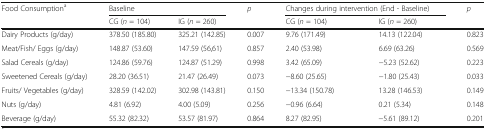
| <ROWSPAN=2> Food Consumptiona | <COLSPAN=2> Baseline | <ROWSPAN=2> p | <COLSPAN=2> Changes during intervention (End - Baseline) | <ROWSPAN=2> p |
 | CG (n = 104) | IG (n = 260) | CG (n = 104) | IG (n = 260) |
 | --- | --- | --- | --- | --- | --- | --- |
 | Dairy Products (g/day) | 378.50 (185.80) | 325.21 (142.85) | 0.007 | 9.76 (171.49) | 14.13 (122.04) | 0.823 |
 | Meat/Fish/ Eggs (g/day) | 148.87 (53.60) | 147.59 (56,61) | 0.857 | 2.40 (53.98) | 6.69 (63.26) | 0.569 |
 | Salad Cereals (g/day) | 124.86 (59.76) | 124.87 (51.29) | 0.998 | 3.42 (65.09) | −5.23 (52.62) | 0.223 |
 | Sweetened Cereals (g/day) | 28.20 (36.51) | 21.47 (26.49) | 0.073 | −8.60 (25.65) | −1.80 (25.43) | 0.033 |
 | Fruits/ Vegetables (g/day) | 328.59 (142.02) | 302.98 (143.81) | 0.150 | −13.34 (150.78) | 13.28 (146.53) | 0.149 |
 | Nuts (g/day) | 4.81 (6.92) | 4.00 (5.09) | 0.256 | −0.96 (6.64) | 0.21 (5.34) | 0.148 |
 | Beverage (g/day) | 55.32 (82.32) | 53.57 (81.97) | 0.864 | 8.27 (82.95) | −5.61 (89.12) | 0.201 |